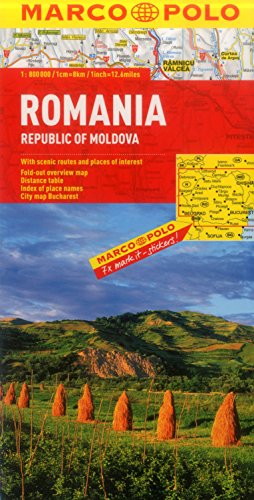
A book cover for Romania Marco Polo Map (Marco Polo Maps); Marco Polo Travel; Travel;